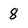
Character: 8